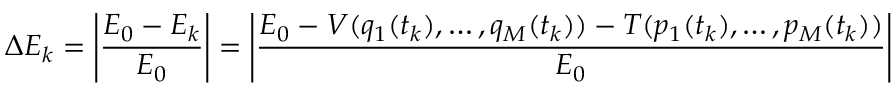
\Delta E _ { k } = \left| \frac { E _ { 0 } - E _ { k } } { E _ { 0 } } \right| = \left| \frac { E _ { 0 } - V ( q _ { 1 } ( t _ { k } ) , \dots , q _ { M } ( t _ { k } ) ) - T ( p _ { 1 } ( t _ { k } ) , \dots , p _ { M } ( t _ { k } ) ) } { E _ { 0 } } \right|